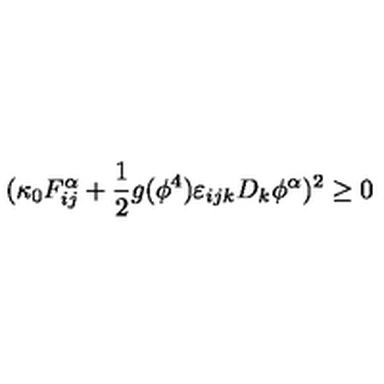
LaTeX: ( \kappa _ { 0 } F _ { i j } ^ { \alpha } + \frac { 1 } { 2 } g ( \phi ^ { 4 } ) \varepsilon _ { i j k } D _ { k } \phi ^ { \alpha } ) ^ { 2 } \ge 0